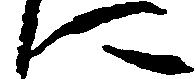
に